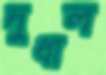
দুধাল